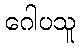
ဂေါပသူ